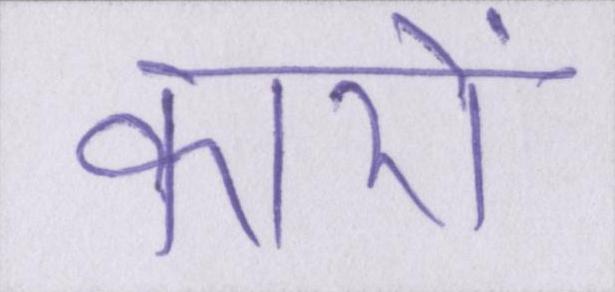
कारों